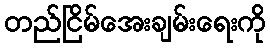
တည်ငြိမ်အေးချမ်းရေးကို